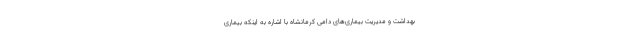
بهداشت و مدیریت بیماری‌های دامی کرمانشاه با اشاره به اینکه بیماری